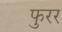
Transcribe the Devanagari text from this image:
फुरर